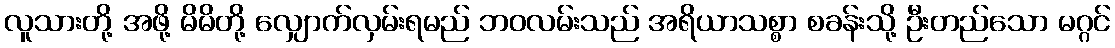
လူသားတို့ အဖို့ မိမိတို့ လျှောက်လှမ်းရမည် ဘဝလမ်းသည် အရိယာသစ္စာ စခန်းသို့ ဦးတည်သော မဂ္ဂင်